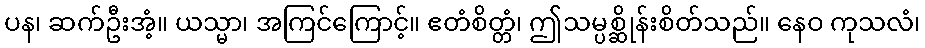
ပန၊ ဆက်ဦးအံ့။ ယသ္မာ၊ အကြင်ကြောင့်။ ဧတံစိတ္တံ၊ ဤသမ္ပစ္ဆိုန်းစိတ်သည်။ နေဝ ကုသလံ၊